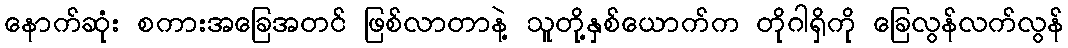
နောက်ဆုံး စကားအခြေအတင် ဖြစ်လာတာနဲ့ သူတို့နှစ်ယောက်က တိုဂါရှိကို ခြေလွန်လက်လွန်